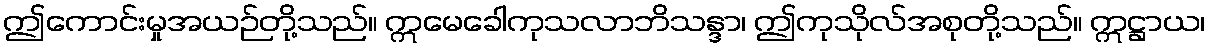
ဤကောင်းမှုအယဉ်တို့သည်။ ဣမေခေါကုသလာဘိသန္ဒာ၊ ဤကုသိုလ်အစုတို့သည်။ ဣဋ္ဌာယ၊